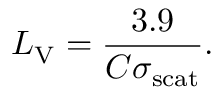
L _ { \mathrm { V } } = { \frac { 3 . 9 } { C \sigma _ { \mathrm { s c a t } } } } .